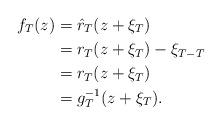
LaTeX: \begin{align*}f_T(z) &= \hat r_T(z + \xi_T)\\&= r_T(z + \xi_T) - \xi_{T - T}\\&= r_T(z + \xi_T)\\&= g^{-1}_T(z + \xi_T).\end{align*}